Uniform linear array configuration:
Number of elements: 12
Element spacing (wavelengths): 0.5
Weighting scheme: uniform
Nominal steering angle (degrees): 15
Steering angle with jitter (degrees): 14.119
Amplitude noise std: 0.05
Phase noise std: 0.05

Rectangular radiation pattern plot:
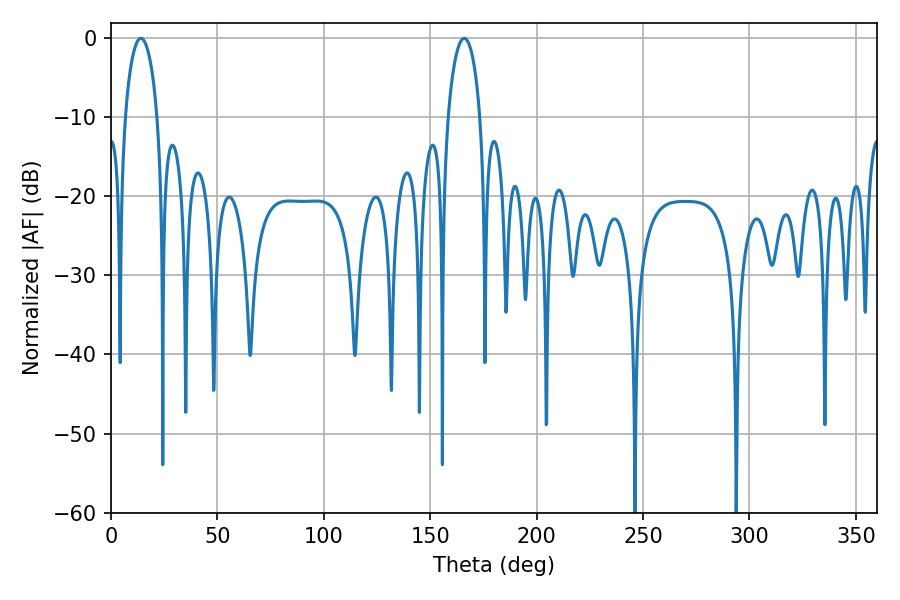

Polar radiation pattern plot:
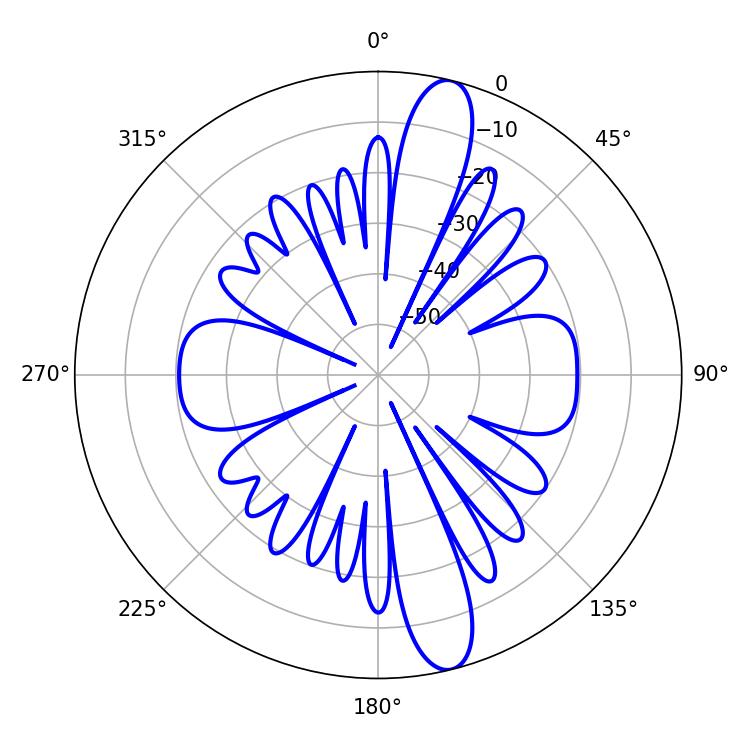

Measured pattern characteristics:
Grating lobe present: FALSE
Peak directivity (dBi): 13.877
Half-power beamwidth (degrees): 8.64
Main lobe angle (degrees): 14.04